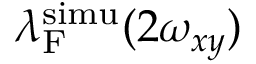
\lambda _ { \mathrm { F } } ^ { \mathrm { s i m u } } ( 2 \omega _ { x y } )